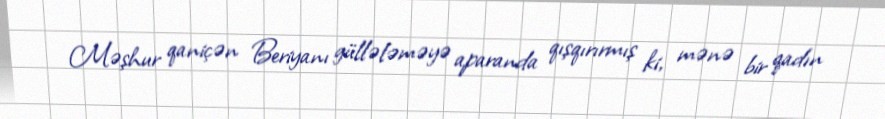
Məşhur qaniçən Beriyanı güllələməyə aparanda qışqırırmış ki, mənə bir qadın